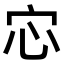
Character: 𫲽